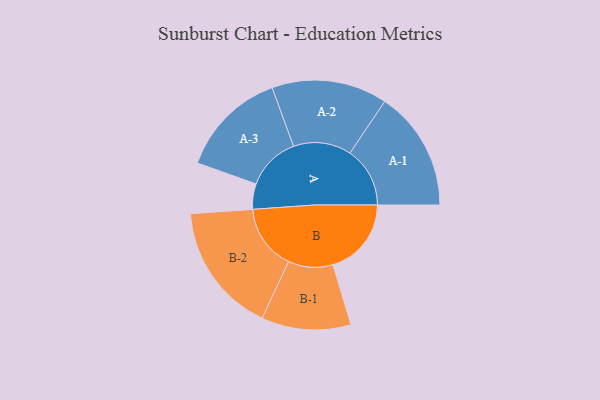
{"axis": {"x": "Segment", "y": "Value"}, "legend": ["", "A", "B"], "data": [{"x": "A", "y": 106, "type": ""}, {"x": "B", "y": 328, "type": ""}, {"x": "A-1", "y": 251, "type": "A"}, {"x": "A-2", "y": 242, "type": "A"}, {"x": "A-3", "y": 225, "type": "A"}, {"x": "B-1", "y": 187, "type": "B"}, {"x": "B-2", "y": 273, "type": "B"}]}